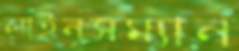
লাইনসম্যান